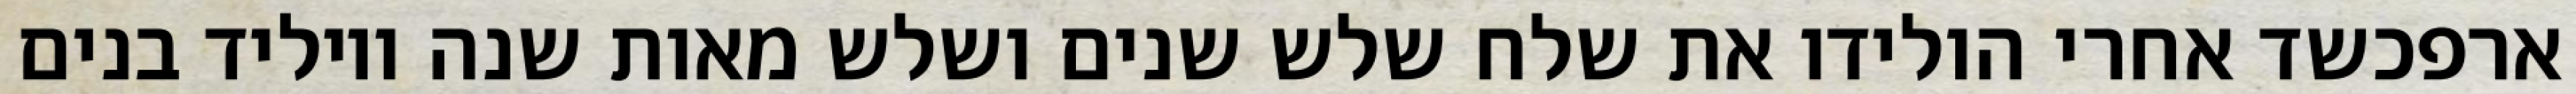
ארפכשד אחרי הולידו את שלח שלש שנים ושלש מאות שנה ויוליד בנים